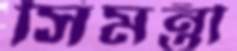
সিমন্তী